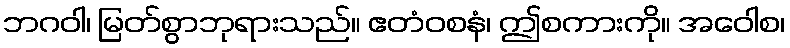
ဘဂဝါ၊ မြတ်စွာဘုရားသည်။ ဧတံဝစနံ၊ ဤစကားကို။ အဝေါစ၊